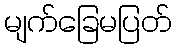
မျက်ခြေမပြတ်